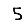
Digit: 5